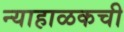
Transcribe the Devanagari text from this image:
न्याहाळकची